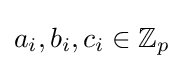
{\textstyle a_{i},b_{i},c_{i}\in \mathbb {Z} _{p}}